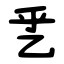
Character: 乯